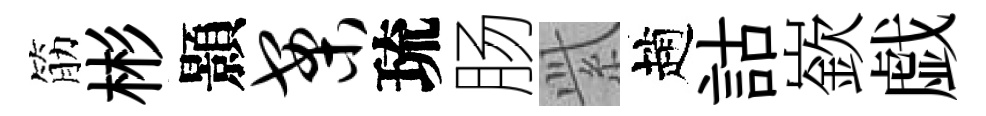
筋彬顥案琉肠𬗋趙詁嶔戯